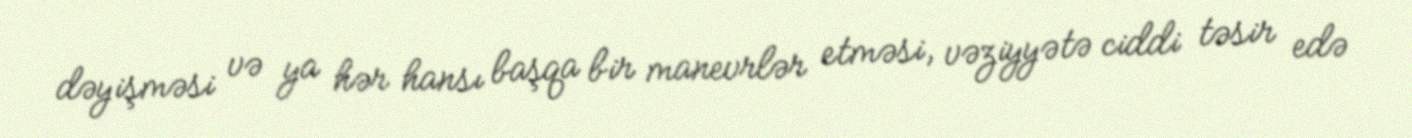
dəyişməsi və ya hər hansı başqa bir manevrlər etməsi, vəziyyətə ciddi təsir edə